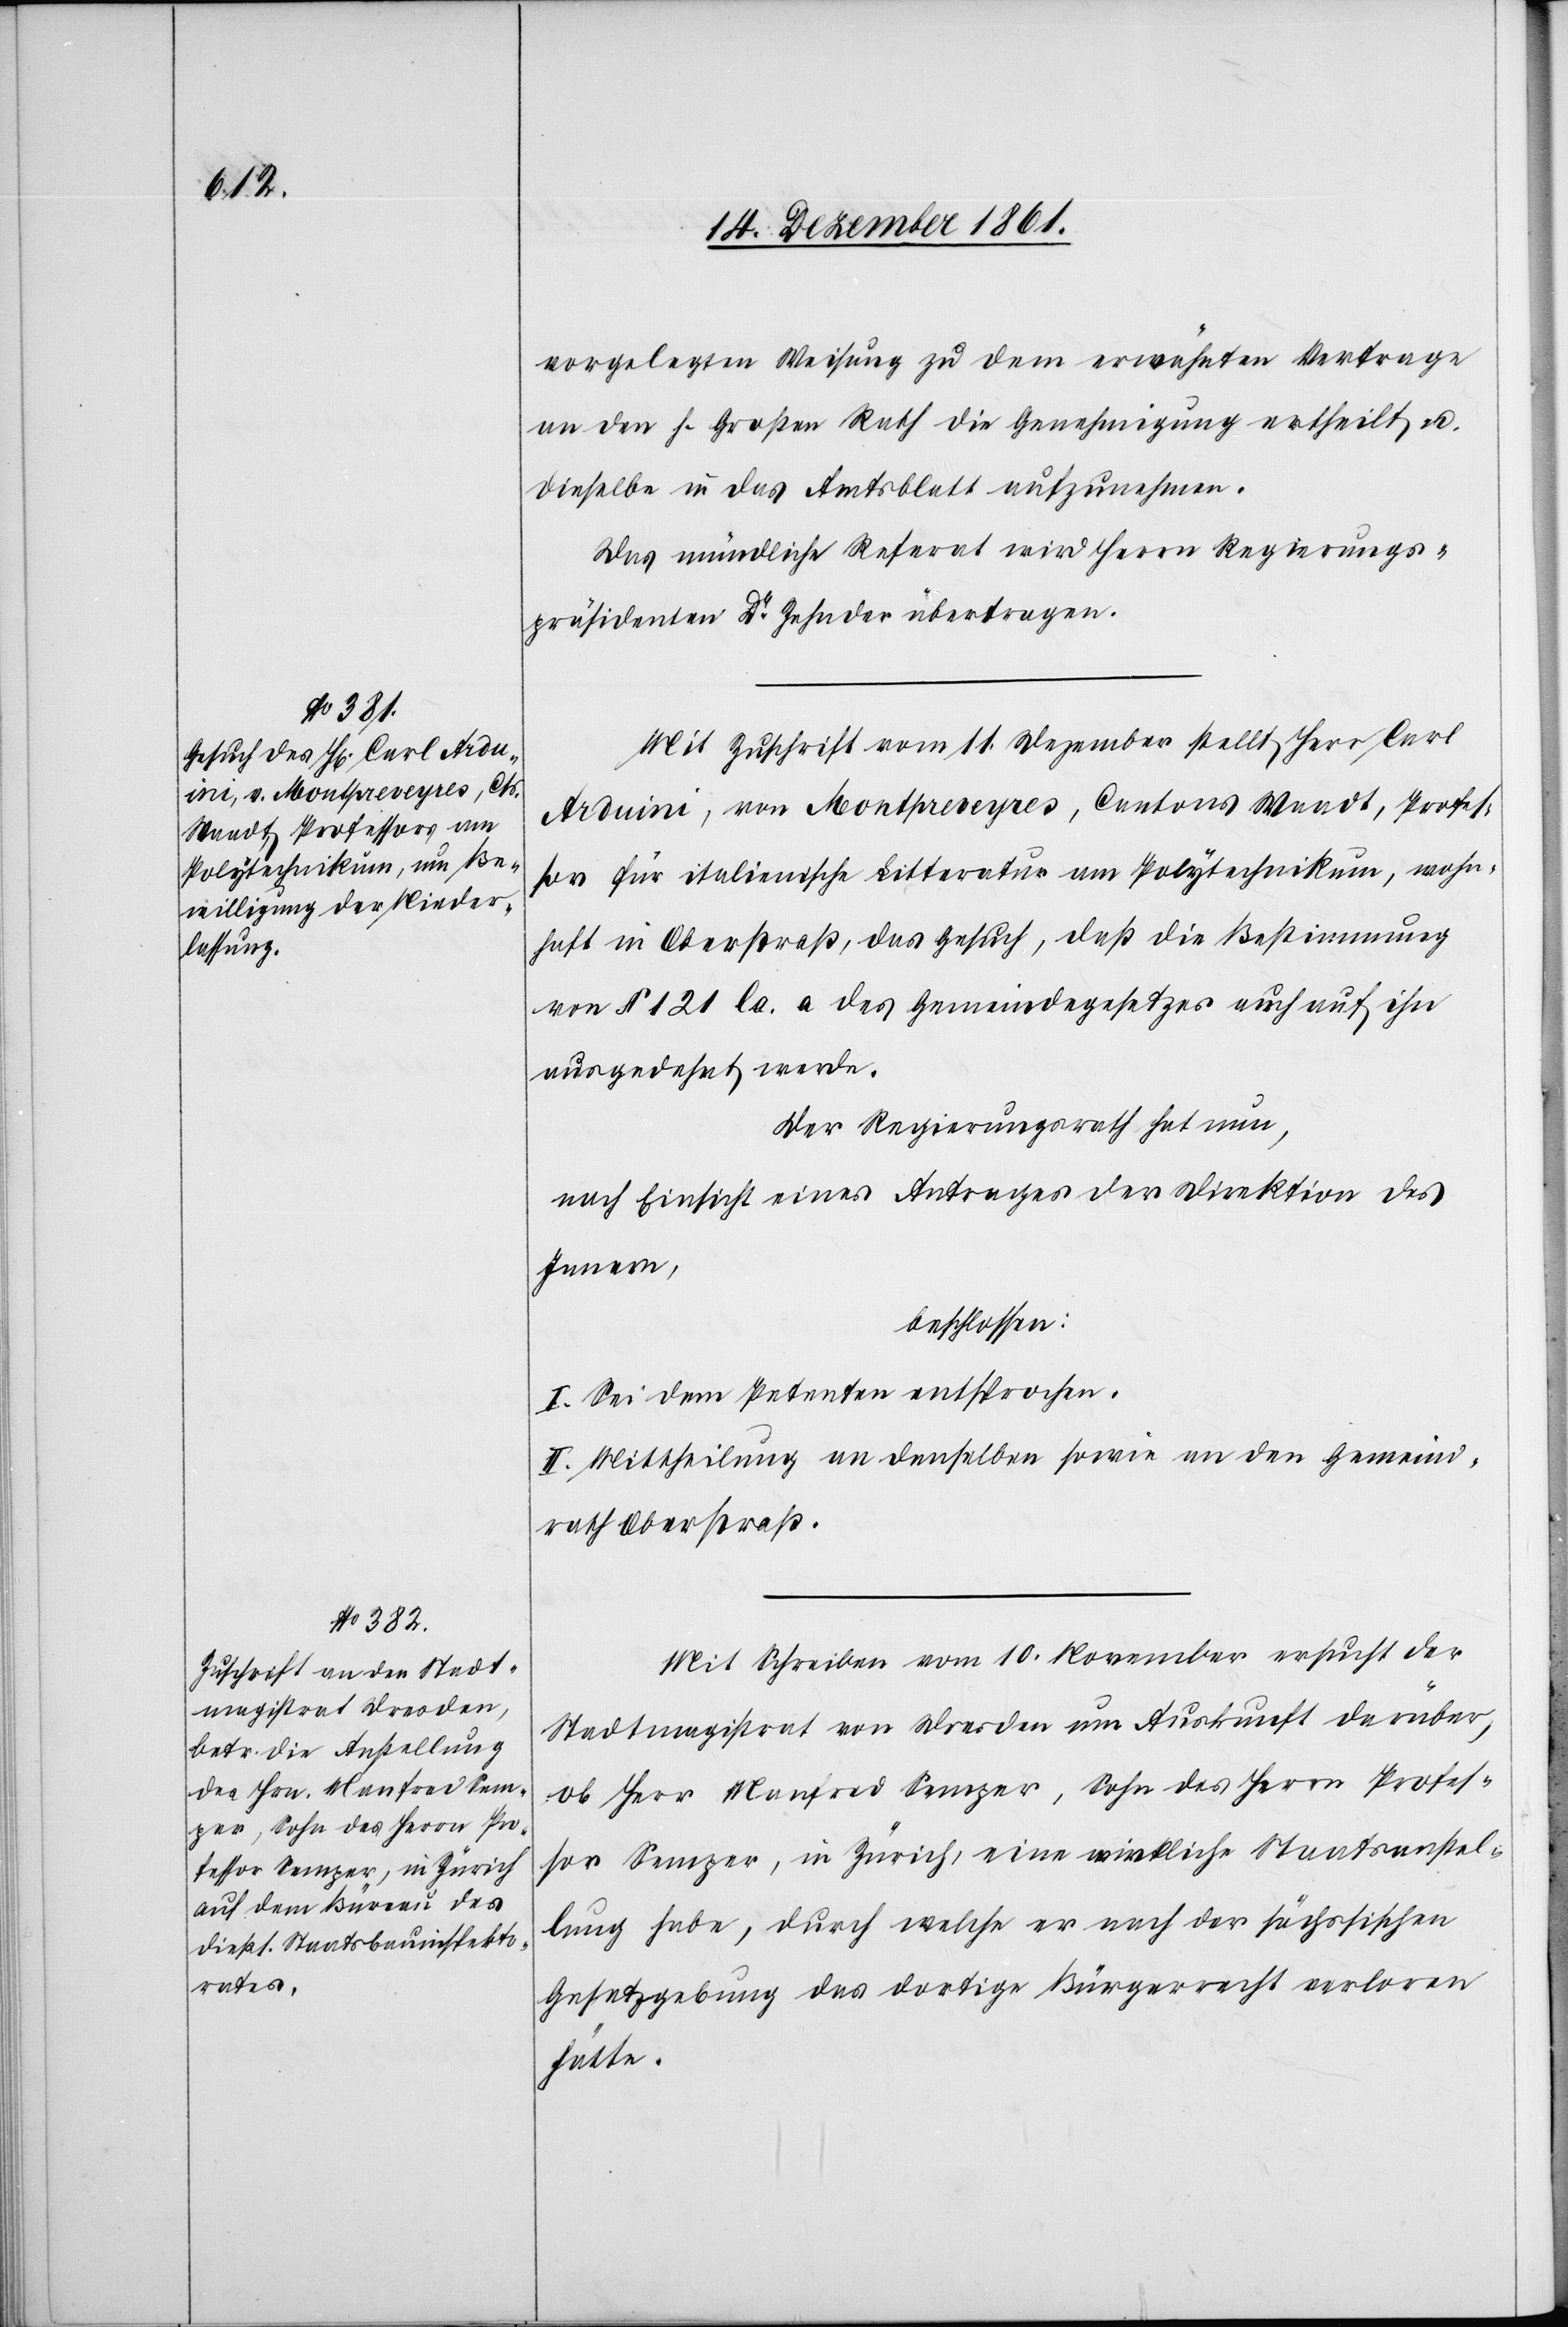
vorgelegenen Weisung zu dem erwähnten Vertrage
an den h. Großen Rath die Genehmigung ertheilt u.
dieselbe in das Amtsblatt aufzunehmen.
Das mündliche Referat wird Herrn Regierungs¬
präsidenten Dr Zehnder übertragen.
Mit Zuschrift vom 11 Dezember stellt Herr Carl
Arduini, von Montpreveyres, Cantons Waadt, Profes¬
sor für italienische Litteratur am Polytechnikum, wohn¬
haft in Oberstraß, das Gesuch, daß die Bestimmung
von § 121 la. a. des Gemeindegesetzes auch auf ihn
ausgedehnt werde.
Der Regierungsrath hat nun,
nach Einsicht eines Antrages der Direktion des
Innern,
beschlossen:
I. Sei dem Petenten entsprochen.
II. Mittheilung an denselben sowie an den Gemeind¬
rath Oberstraß.
Mit Schreiben vom 10 November ersucht der
Stadtmagistrat von Dresden um Auskunft darüber,
ob Herr Manfred Semper, Sohn des Herrn Profes¬
sor Semzer, in Zürich, eine wirkliche Staatsanstel¬
lung habe, durch welche er nach der sächsischen
Gesetzgebung das dortige Bürgerrecht verloren
hätte.